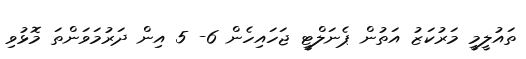
ތައުލީމީ މަރުކަޒު އަތުން ޕެނަލްޓީ ޖަހައިހެން 6- 5 އިން ދަރުމަވަންތަ މޮޅުވި